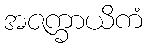
အဇက္ခာယိကံ